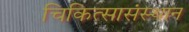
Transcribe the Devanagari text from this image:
चिकित्सासंस्थान